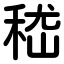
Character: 嵇